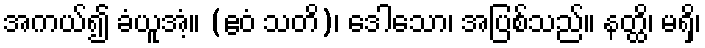
အကယ်၍ ခံယူအံ့။ (ဧဝံ သတိ)၊ ဒေါသော၊ အပြစ်သည်။ နတ္ထိ၊ မရှိ၊